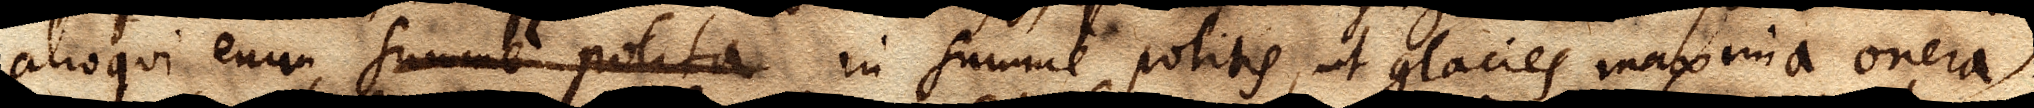
alioqui enim summe polita in summe politis, ut glacies maxima onera